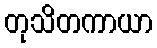
တုသိတကာယာ